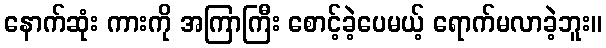
နောက်ဆုံး ကားကို အကြာကြီး စောင့်ခဲ့ပေမယ့် ရောက်မလာခဲ့ဘူး။